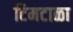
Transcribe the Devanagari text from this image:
टिमटाळा